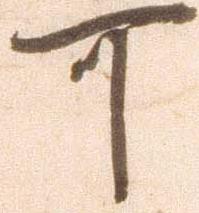
可